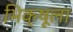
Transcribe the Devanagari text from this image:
भिक्षूला